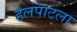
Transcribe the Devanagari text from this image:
हेलपाटला